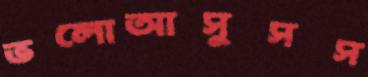
ভলোআসুসস